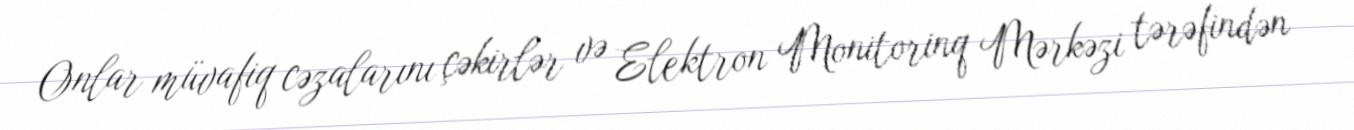
Onlar müvafiq cəzalarını çəkirlər və Elektron Monitorinq Mərkəzi tərəfindən